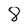
Character: 8